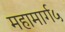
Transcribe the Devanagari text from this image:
महामार्ग५